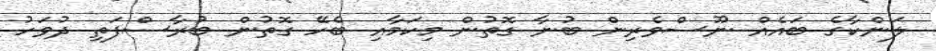
ލަންކާގެ ބައެއް ނޫސްވެރިން ބުނާ ގޮތުން މިކަމާއި ބެހޭ ގޮތުން ބުރާސްފަތި ދުވަހު